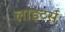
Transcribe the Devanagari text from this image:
लाइटर्स